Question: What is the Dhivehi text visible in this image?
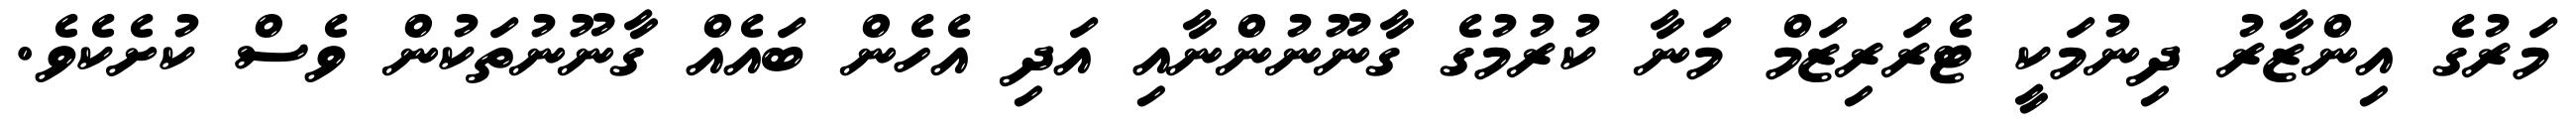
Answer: މަރުގެ އިންޒާރު ދިނުމަކީ ޓެރަރިޒަމް މަނާ ކުރުމުގެ ގާނޫނުންނާއި އަދި އެހެން ބައެއް ގާނޫނުތަކުން ވެސް ކުށެކެވެ.